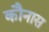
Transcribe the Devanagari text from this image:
कौनास